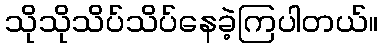
သိုသိုသိပ်သိပ်နေခဲ့ကြပါတယ်။